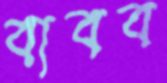
বাবব